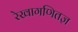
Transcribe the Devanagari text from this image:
रेखागणितज्ञ